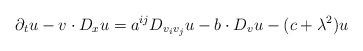
LaTeX: \begin{align*} \partial_t u - v \cdot D_x u = a^{i j} D_{v_i v_j} u - b \cdot D_v u - (c + \lambda^2) u\end{align*}